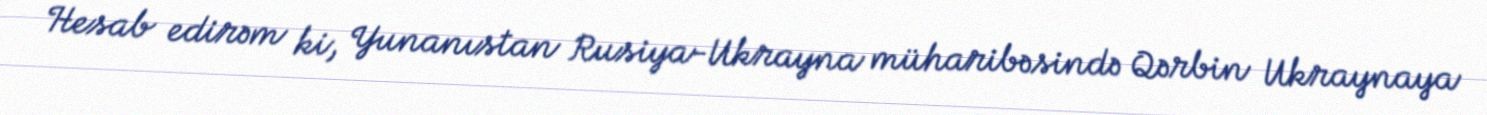
Hesab edirəm ki, Yunanıstan Rusiya-Ukrayna müharibəsində Qərbin Ukraynaya